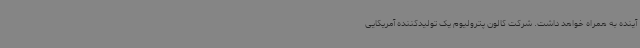
آینده به همراه خواهد داشت. شرکت کالون پترولیوم یک تولیدکننده آمریکایی